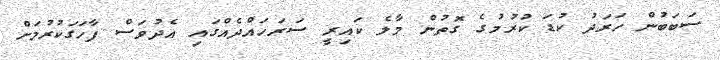
ސަބަބުން ހަރަދު ކުޑަ ކުރުމުގެ ގޮތުން މާލެ ކައިރީ ސަރަހައްދެއްގައި އެދުވަސް ފާހަގަކުރުމަށް